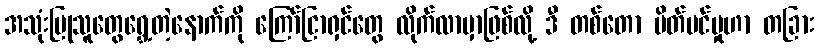
အသုံးပြုသူတွေရွှေ့တဲ့နောက်ကို ကြော်ငြာရှင်တွေ လိုက်လာမှာဖြစ်လို့ ဒီ တစ်တော ပိတ်ပင်မှုဟာ တခြား